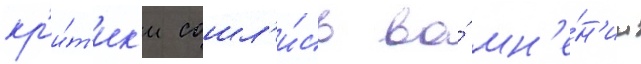
кр'и́т'ик'и сошл'и́сь во́ мн'е́н'ии